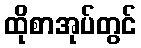
ထိုစာအုပ်တွင်